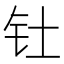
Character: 钍